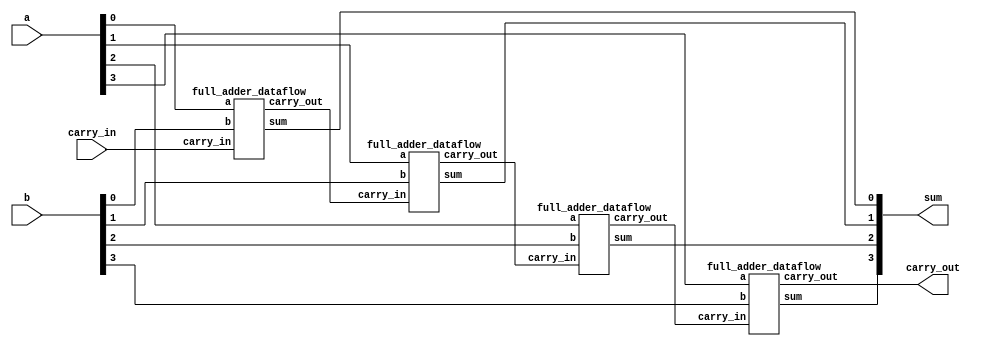
module ripple_adder_4bit_dataflow(
    input [3:0]a,
    input [3:0]b,
	input carry_in,
    output [3:0] sum,  
    output carry_out
    );
    
    // Internal nets used to connect all 4 modules
    wire [2:0] c;
    
    // Instantiate 4 Dataflow adders
    full_adder_dataflow FA_DFLOW_0(
      .a(a[0]), 
      .b(b[0]),
      .carry_in(carry_in),
      .sum(sum[0]),  
      .carry_out(c[0])
    );
    
    full_adder_dataflow FA_DFLOW_1(
      .a(a[1]), 
      .b(b[1]),
      .carry_in(c[0]),
      .sum(sum[1]),  
      .carry_out(c[1])
    );
  
    full_adder_dataflow FA_DFLOW_2(
      .a(a[2]), 
      .b(b[2]),
      .carry_in(c[1]),
      .sum(sum[2]),  
      .carry_out(c[2])
    );
  
    full_adder_dataflow FA_DFLOW_3(
      .a(a[3]), 
      .b(b[3]),
      .carry_in(c[2]),
      .sum(sum[3]),  
      .carry_out(carry_out)
    );
  
endmodule


module full_adder_dataflow(
    input a,     // always wire
    input b,
	input carry_in,
    output sum,  // default wire but can be changed to reg
    output carry_out
    );
  
    // Declare nets to connect the half adders
    wire sum1;
    wire and1;
    wire and2;	
	
	// Implement the circuit using Dataflow style
    assign sum1 = a ^ b;
    assign and1 = sum1 & carry_in;
    assign and2 = a & b;
    
    assign sum  = sum1 ^ carry_in;
    assign carry_out  = and1 | and2;
  
endmodule



module testbench();
  
    // Declare variables and nets for module ports
    reg [3:0] a;
    reg [3:0] b;
    reg cin;
    wire [3:0]sum;
    wire cout; 
  
    integer i, j; // used for verification
    
    // Instantiate the module
    ripple_adder_4bit_dataflow RIPPLE_ADD_4BIT(
        .a(a),
        .b(b),
        .carry_in(cin),
        .sum(sum),
        .carry_out(cout)
        );
  
    // Generate stimulus and monitor module ports
    initial begin
      $monitor("a=%b, b=%b, carry_in=%0b, sum=%0d, carry_out=%b", a, b, cin, sum, cout);
    end  
  
    initial begin
        #1; a = 4'b0000; b = 4'b0000; cin = 0;
        #1; a = 4'b0000; b = 4'b0000; cin = 1;
        #1; a = 4'b0001; b = 4'b0001; cin = 0;
        #1; a = 4'b0001; b = 4'b0001; cin = 1;
        #1; a = 4'd3;    b = 4'd6;    cin = 0;
        // Change the values of a and b and observe the effects
      
        for (i=0; i<2; i=i+1) begin
            for (j=0; j<2; j=j+1) begin
                #1 a = i; b = j; cin = 0;
            end
        end
        // Change the loops limits observe the effects

    end
  
endmodule